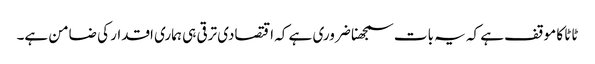
ٹاٹا کا موقف ہے کہ یہ بات سمجھنا ضروری ہے کہ اقتصادی ترقی ہی ہماری اقدار کی ضامن ہے۔